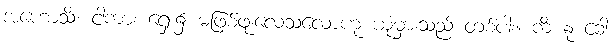
အဟောသိံ၊ ငါကား ရှေး၌ မဖြစ်ဖူးလေသလောဟု ယုံမှားသည် တစ်ပါး။ ကိံ နု ခေါ